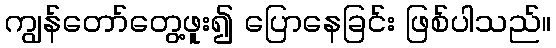
ကျွန်တော်တွေ့ဖူး၍ ပြောနေခြင်း ဖြစ်ပါသည်။